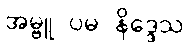
အမ္ဗူ ပမ နိဒ္ဒေသ